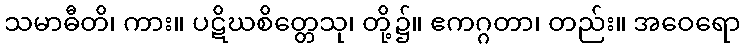
သမာဓီတိ၊ ကား။ ပဋိဃစိတ္တေသု၊ တို့၌။ ဧကဂ္ဂတာ၊ တည်း။ အဝေရော